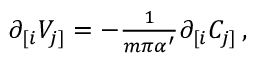
\partial _ { [ i } V _ { j ] } = - { \textstyle \frac { 1 } { m \pi \alpha ^ { \prime } } } \partial _ { [ i } C _ { j ] } \, ,